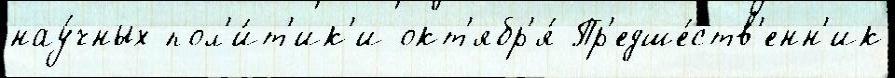
нау́чных пол'и́т'ик'и окт'ябр'я́ Пр'едше́ств'енн'ик